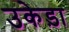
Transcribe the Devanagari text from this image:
उकेड़ा